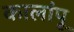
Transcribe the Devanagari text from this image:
कालांपू